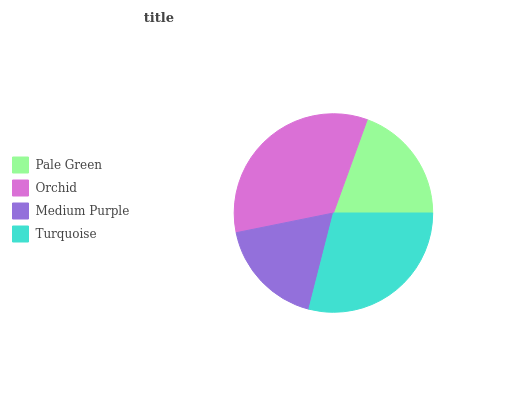
| Pale Green | Orchid | Medium Purple | Turquoise |
 | --- | --- | --- | --- |
 | 19.4% | 33.8% | 17.8% | 29% |